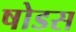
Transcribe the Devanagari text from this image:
षोडस